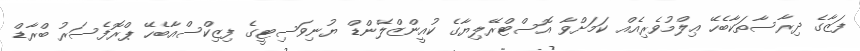
ފަޒާގެ ދިރާސާތަކާބެހޭ ޢިލްމުވެރިއެއް ކަމަށްވާ އޮސްޓްރޭލިޔާގެ ކުއީންޒްލޭންޑް ޔުނިވަސިޓީގެ ފިޒިކްސްއާބެހޭ ޕްރޮފެސަރު ބްރާޑް